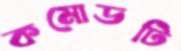
কমোডটি